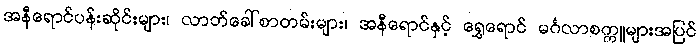
အနီရောင်ပန်းဆိုင်းများ၊ လာဘ်ခေါ်စာတမ်းများ၊ အနီရောင်နှင့် ရွှေရောင် မင်္ဂလာစက္ကူများအပြင်